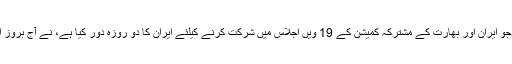
یہ بات قابل ذکر ہے کہ بھارتی وزیر خارجہ جو ایران اور بھارت کے مشترکہ کمیشن کے 19 ویں اجلاس میں شرکت کرنے کیلئے ایران کا دو روزہ دور کیا ہے، نے آج بروز اتوار کو محمد جواد ظریف کیساتھ ملاقات کی۔